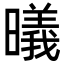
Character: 㬢